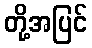
တို့အပြင်